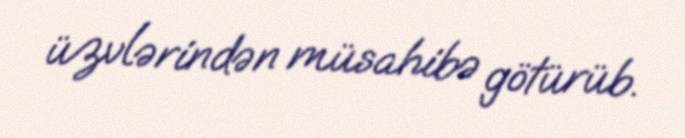
üzvlərindən müsahibə götürüb.